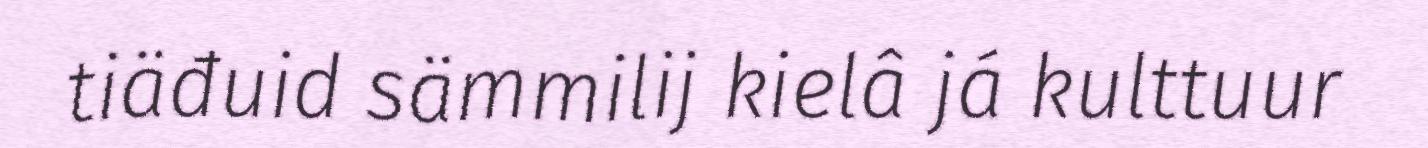
tiäđuid sämmilij kielâ já kulttuur